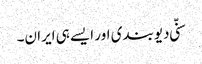
سنّی دیوبندی اور ایسے ہی ایران۔